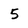
Character: 5